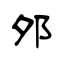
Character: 邜